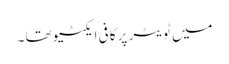
میں ٹویٹر پر کافی ایکٹیو تھا ۔